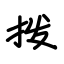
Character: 拨